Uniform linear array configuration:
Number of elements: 64
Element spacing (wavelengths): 0.25
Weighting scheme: hann
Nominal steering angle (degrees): -30
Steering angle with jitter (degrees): -28.722
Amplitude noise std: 0.05
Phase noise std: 0.05

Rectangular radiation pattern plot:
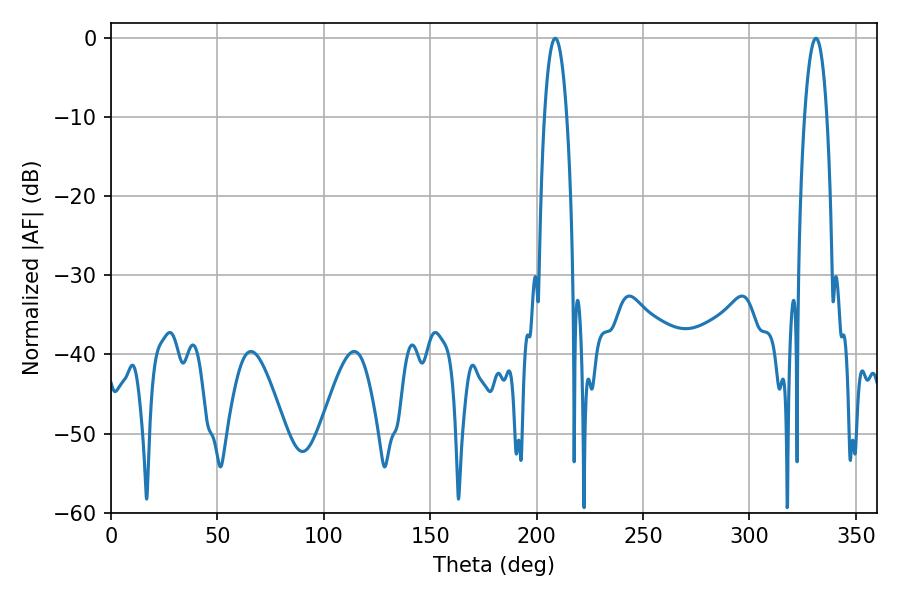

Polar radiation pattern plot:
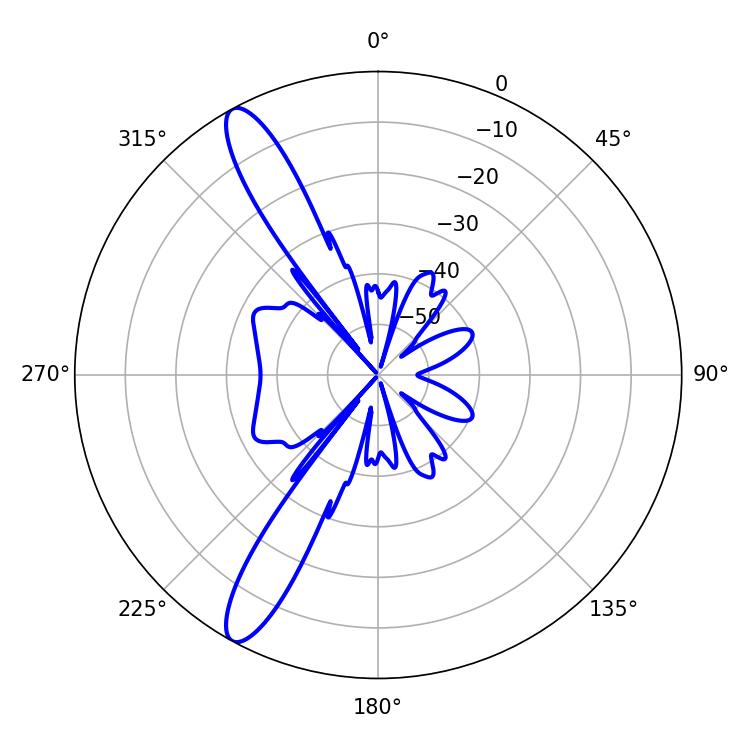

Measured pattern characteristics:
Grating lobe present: FALSE
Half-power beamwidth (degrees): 5.76
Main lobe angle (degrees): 208.8